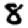
Digit: 8